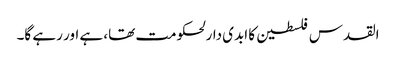
القدس فلسطین کا ابدی دارلحکومت تھا، ہے اور رہے گا۔